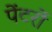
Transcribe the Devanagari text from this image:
पेंटरों